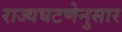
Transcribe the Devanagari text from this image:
राज्यघटणेनुसार